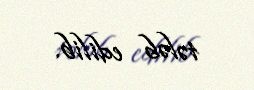
tələb edilib.